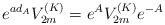
LaTeX: \begin{align*}e^{ad_{A}}V^{(K)}_{2m}=e^{A}V^{(K)}_{2m}e^{-A}\end{align*}